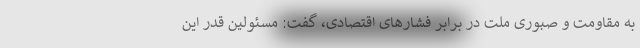
به مقاومت و صبوری ملت در برابر فشارهای اقتصادی، گفت: مسئولین قدر این